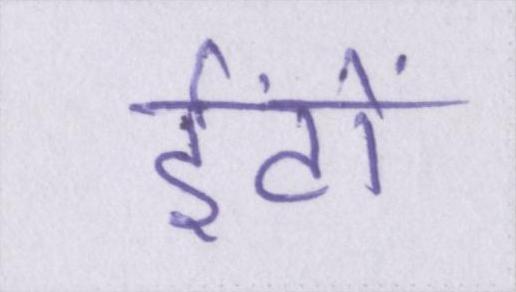
ईंटों